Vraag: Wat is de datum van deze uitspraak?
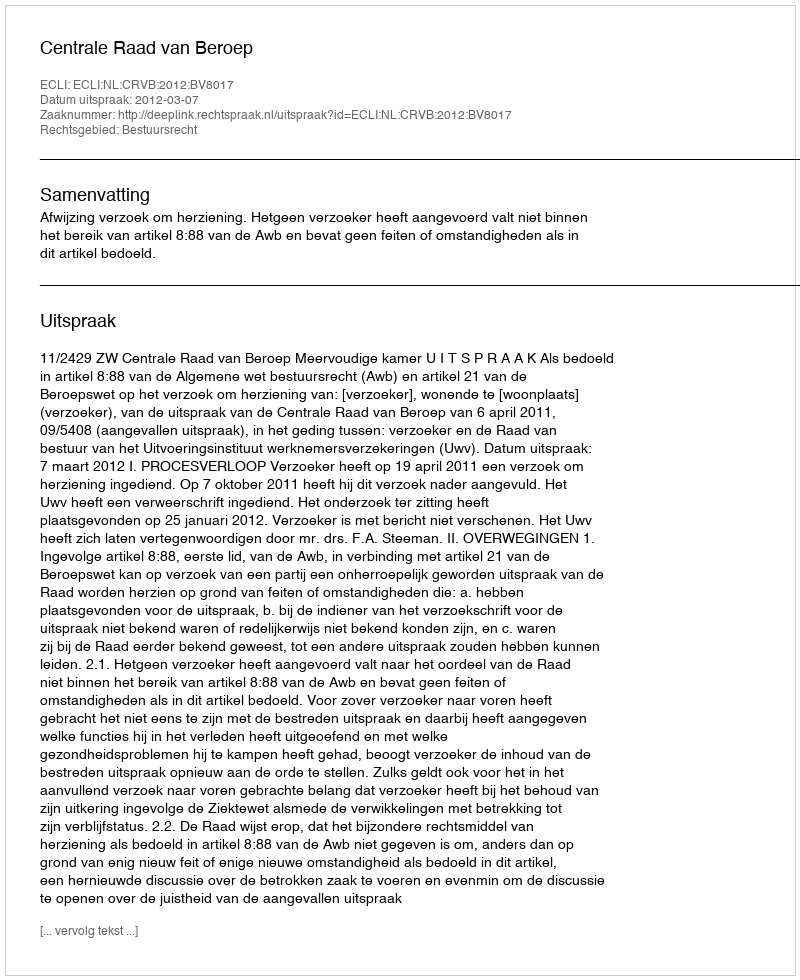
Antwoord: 2012-03-07